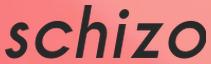
schizo